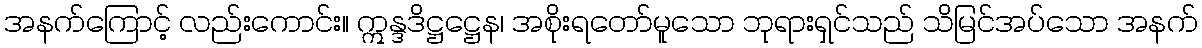
အနက်ကြောင့် လည်းကောင်း။ ဣန္ဒဒိဋ္ဌဋ္ဌေန၊ အစိုးရတော်မူသော ဘုရားရှင်သည် သိမြင်အပ်သော အနက်